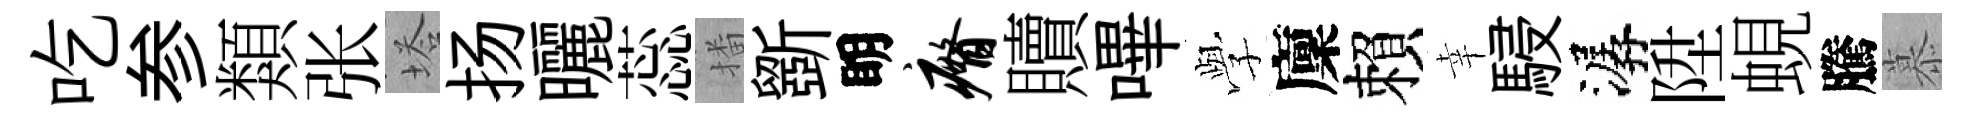
吃参類张塔扬曬蕊播斵眀瘠贖嗶𫝯廩賴幸駸潺陞蜆騰慕